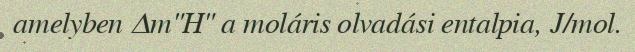
amelyben Δm"H" a moláris olvadási entalpia, J/mol.